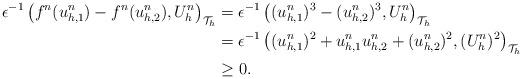
LaTeX: \begin{align*}\epsilon^{-1}\left(f^n(u_{h,1}^n)-f^n(u_{h,2}^n),U_h^n\right)_{\mathcal T_h}&=\epsilon^{-1}\left((u_{h,1}^n)^3-(u_{h,2}^n)^3,U_h^n\right)_{\mathcal T_h} \\&=\epsilon^{-1}\left((u_{h,1}^n)^2+u_{h,1}^n u_{h,2}^n+(u_{h,2}^n)^2,(U_h^n)^2\right)_{\mathcal T_h} \\&\geq 0.\end{align*}